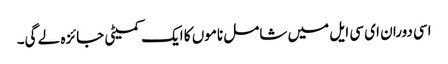
اسی دوران ای سی ایل میں شامل ناموں کا ایک کمیٹی جائزہ لے گی۔